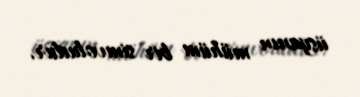
üsyanın mühüm bir simvoludur.